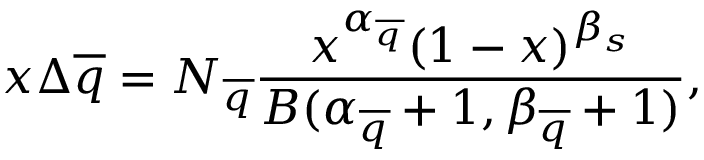
x \Delta \overline { { { q } } } = N _ { \overline { { { q } } } } \frac { x ^ { \alpha _ { \overline { { { q } } } } } ( 1 - x ) ^ { \beta _ { s } } } { B ( \alpha _ { \overline { { { q } } } } + 1 , \beta _ { \overline { { { q } } } } + 1 ) } ,